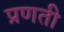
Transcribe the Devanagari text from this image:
प्रणती